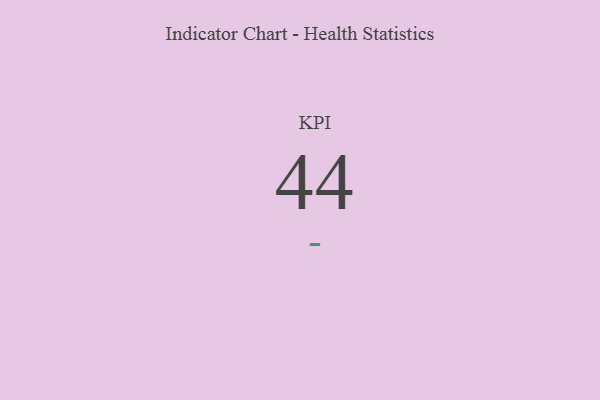
{"axis": {"x": "KPI", "y": "Value"}, "legend": [""], "data": [{"x": "KPI", "y": 44, "type": ""}]}